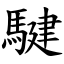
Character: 騝